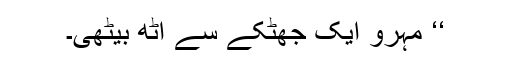
‘‘ مہرو ایک جھٹکے سے اٹھ بیٹھی۔